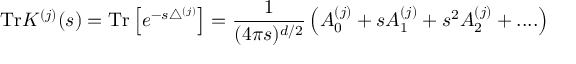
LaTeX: \mathrm { T r } K ^ { ( j ) } ( s ) = \mathrm { T r } \left[ e ^ { - s \bigtriangleup ^ { ( j ) } } \right] = { \frac { 1 } { ( 4 \pi s ) ^ { d / 2 } } } \left( A _ { 0 } ^ { ( j ) } + s A _ { 1 } ^ { ( j ) } + s ^ { 2 } A _ { 2 } ^ { ( j ) } + . . . . \right) ~ ~ ~